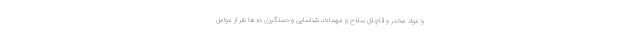
و مواد مخدر و قاچاق سلاح و مهمات، شناسایی و دستگیری ده ها نفر از عوامل